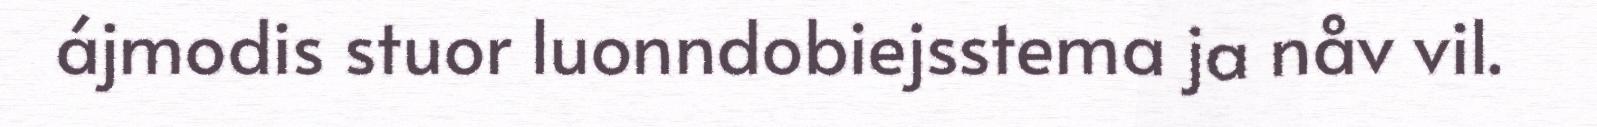
ájmodis stuor luonndobiejsstema ja nåv vil.